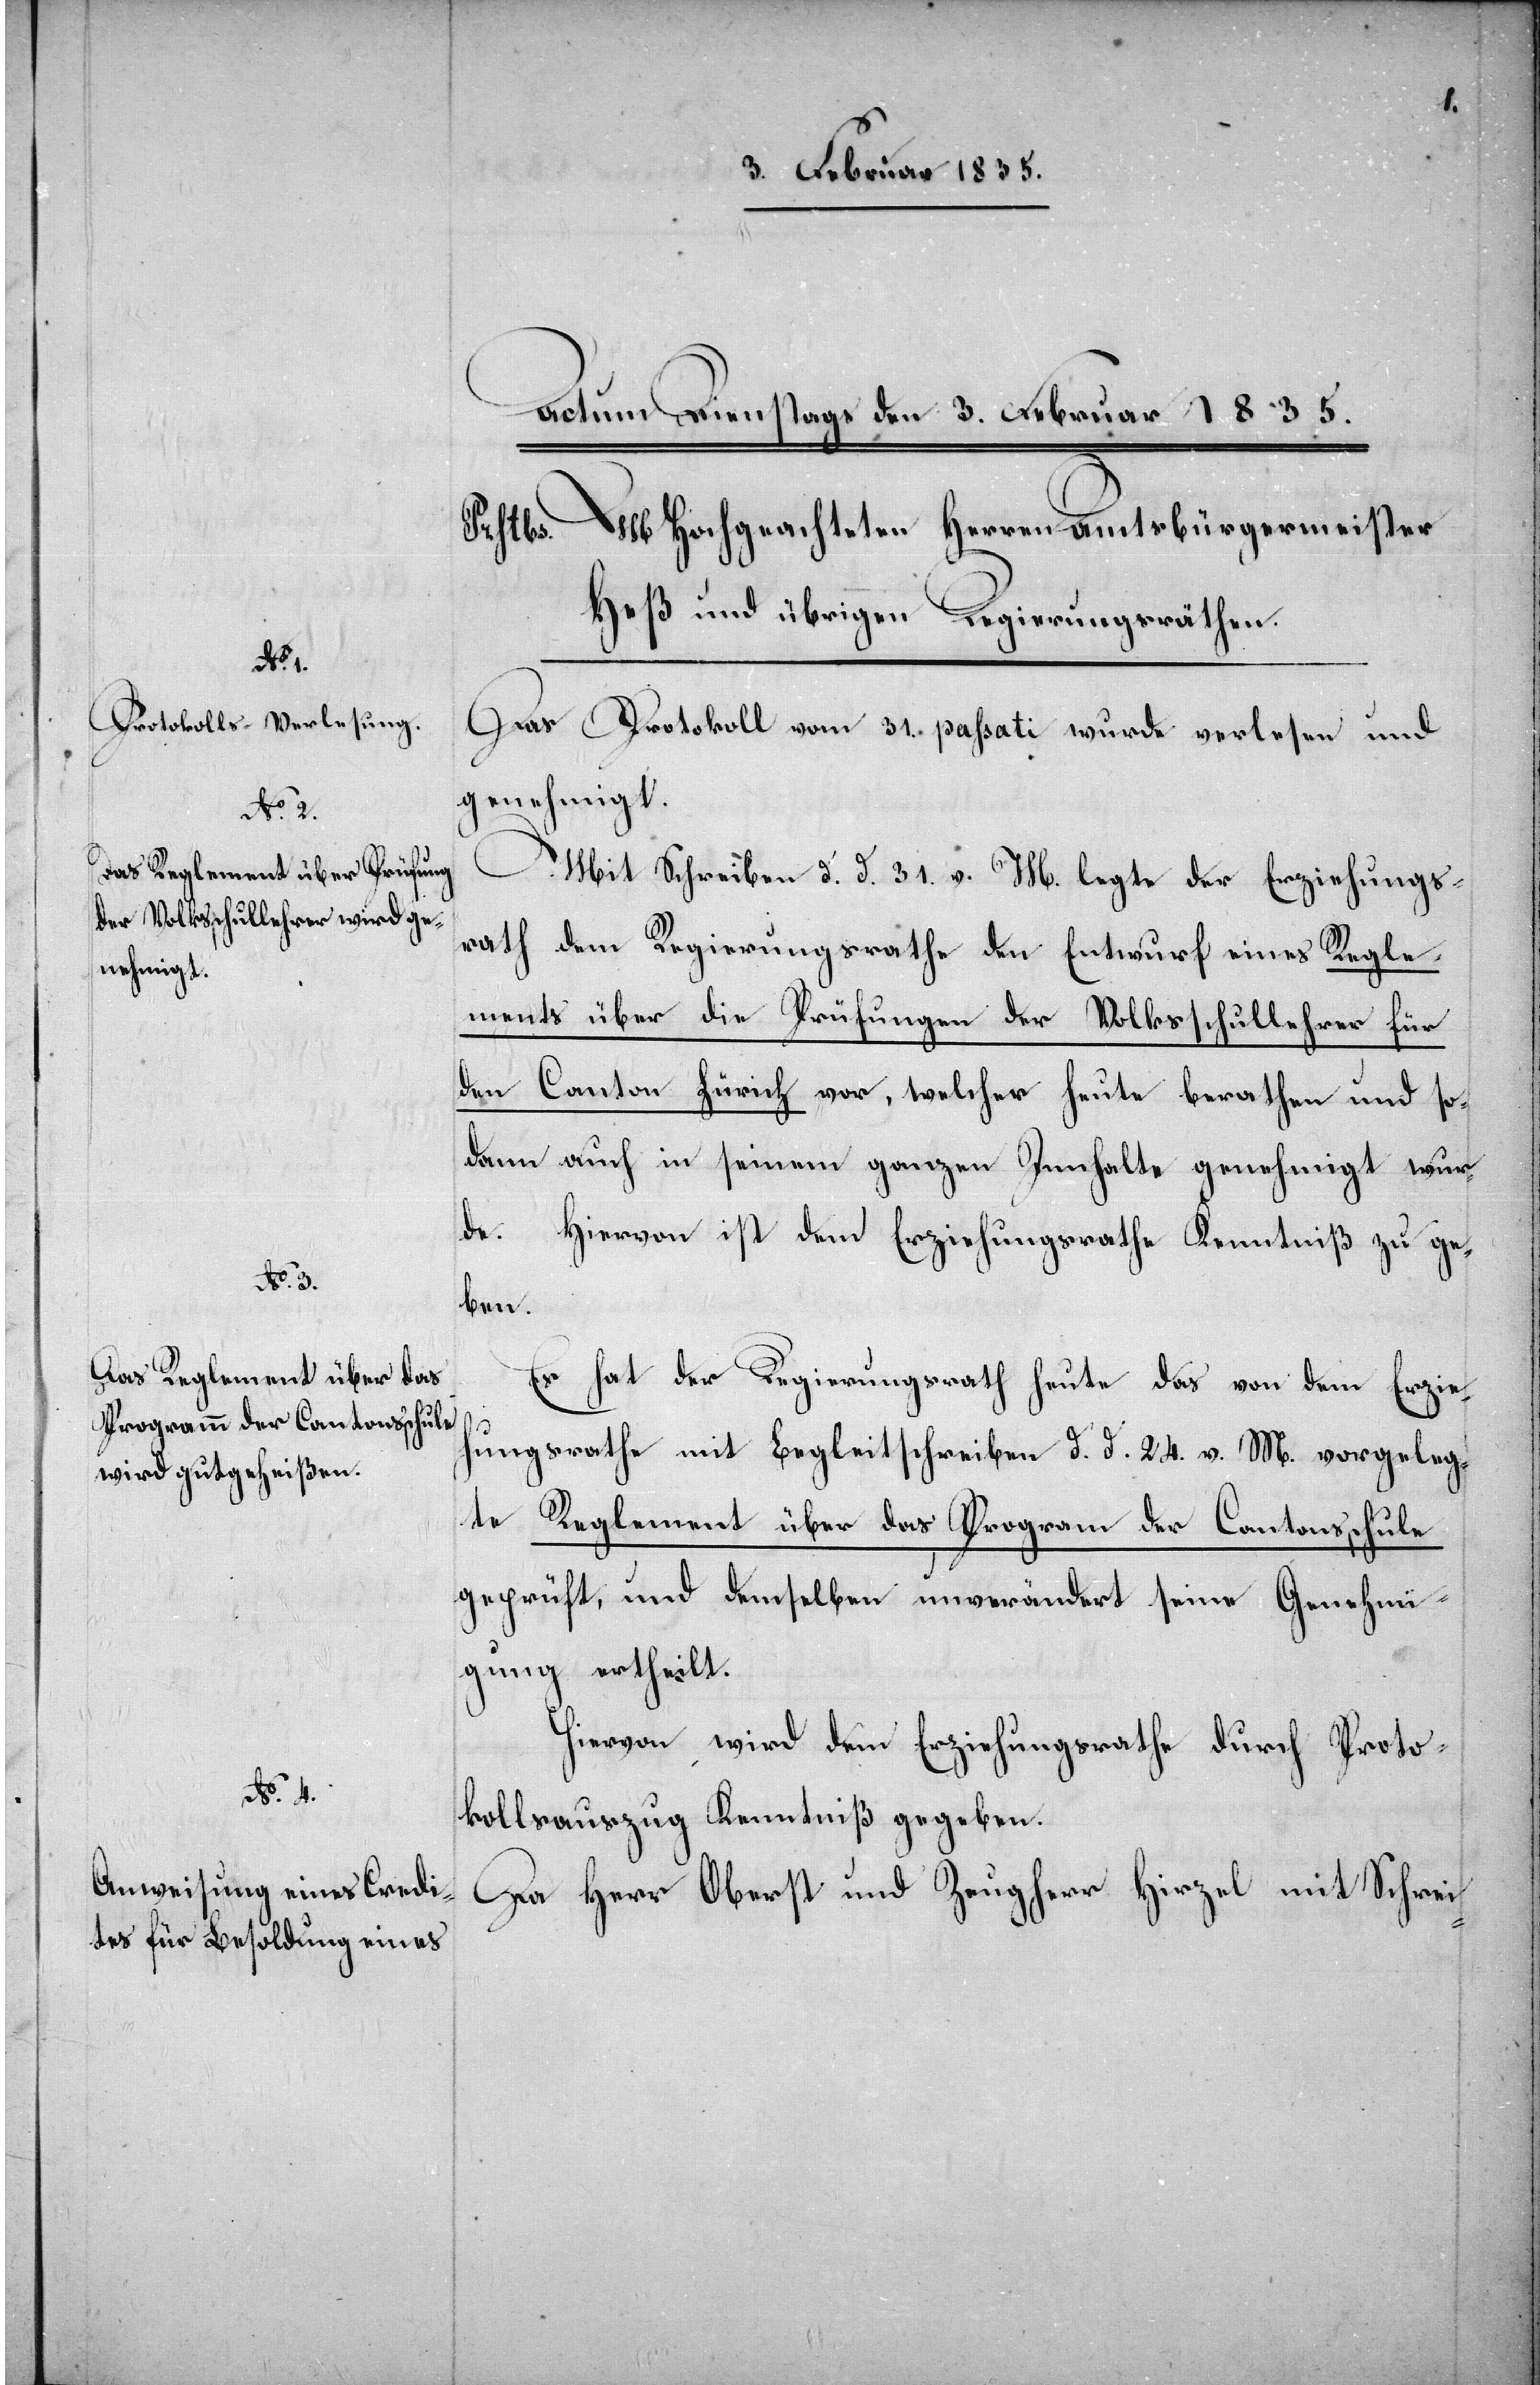
Regle¬

Das Protokoll vom 31. paßati wurde verlesen und
genehmigt.
Mit Schreiben d. d. 31. v. M. legte der Erziehungs¬
ments über die Prüfungen der Volksschullehrer für
den Canton Zürich vor, welcher heute berathen und so¬
dann auch in seinem ganzen Innhalte genehmigt wur¬
de.
Hiervon ist dem Erziehungsrathe Kenntniß zu ge¬
ben.
Es hat der Regierungsrath heute das von dem Erzieh¬
ungsrathe mit Begleitschreiben d. d. 24. v. M. vorgeleg¬
te Reglement über das Program [sic!] der Cantonsschule
geprüft, und demselben unverändert seine Genehmi¬
gung ertheilt.
Hiervon wird dem Erziehungsrathe durch Proto¬
kollsauszug Kenntniß gegeben.
Da Herr Oberst und Zeugherr Hirzel mit Schrei-